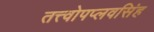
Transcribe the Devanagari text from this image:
तत्त्वोपप्लवसिंह